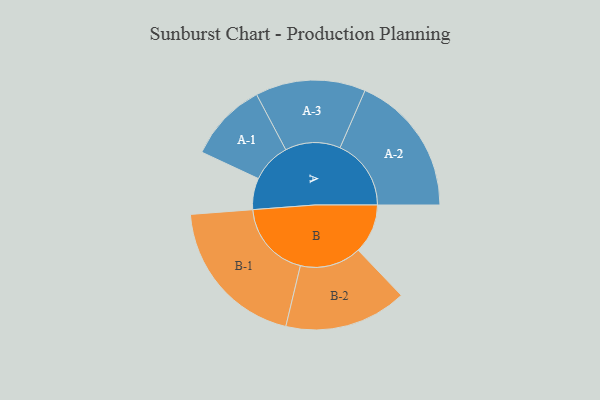
{"axis": {"x": "Segment", "y": "Value"}, "legend": ["", "A", "B"], "data": [{"x": "A", "y": 102, "type": ""}, {"x": "B", "y": 161, "type": ""}, {"x": "A-1", "y": 129, "type": "A"}, {"x": "A-2", "y": 231, "type": "A"}, {"x": "A-3", "y": 179, "type": "A"}, {"x": "B-1", "y": 251, "type": "B"}, {"x": "B-2", "y": 199, "type": "B"}]}